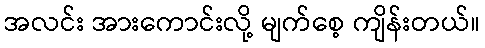
အလင်း အားကောင်းလို့ မျက်စေ့ ကျိန်းတယ်။